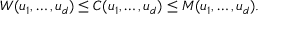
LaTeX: W ( u _ { 1 } , \dots , u _ { d } ) \leq C ( u _ { 1 } , \dots , u _ { d } ) \leq M ( u _ { 1 } , \dots , u _ { d } ) .